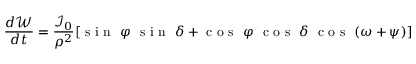
\frac { d \mathcal { W } } { d t } = \frac { \mathcal { I } _ { 0 } } { \rho ^ { 2 } } [ \textrm { s i n } \ \varphi \ \textrm { s i n } \ \delta + \textrm { c o s } \ \varphi \ \textrm { c o s } \ \delta \ \textrm { c o s } \ ( \omega + \psi ) ]